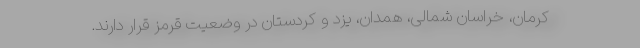
کرمان، خراسان شمالی، همدان، یزد و کردستان در وضعیت قرمز قرار دارند.